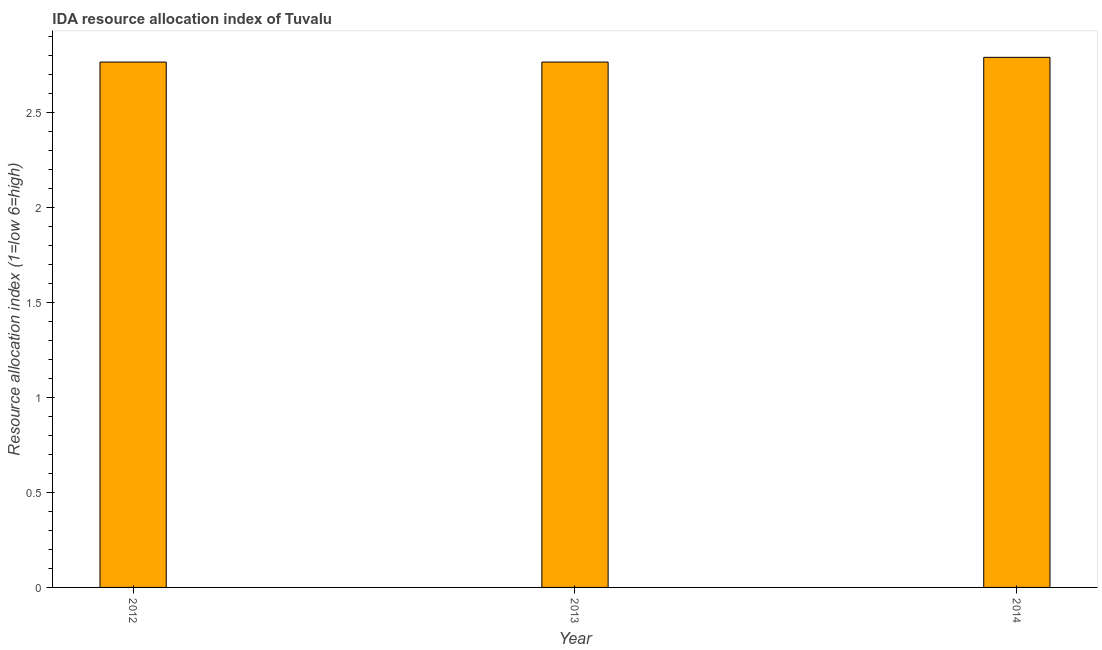
| Year | IDA resource allocation index |
 | --- | --- |
 | 2012 | 2.77 |
 | 2013 | 2.77 |
 | 2014 | 2.79 |